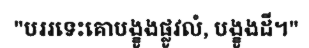
"បររទេះគោបង្ខូងផ្លូវលំ, បង្ខូងដី។"